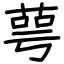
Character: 萼